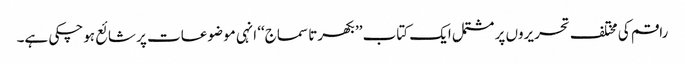
راقم کی مختلف تحریروں پر مشتمل ایک کتاب ’’بکھرتا سماج‘‘ انہی موضوعات پر شائع ہوچکی ہے۔